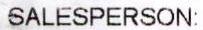
SALESPERSON: